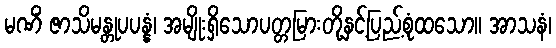
မဏိံ ဇာသိမန္တုပပန္နံ၊ အမျိုးရှိသောပတ္တမြားတို့နှင့်ပြည့်စုံထသော။ အာသနံ၊